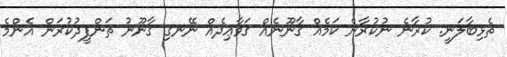
ތެޅިބާލަނީ. ކުރާނެ ނުކުރާނެ ކަމެއް ޤާނޫނެއް ޤަވާޢިދެއް ނޭނގި ޤާނޫނު ތަންފީޛުކުރަން އެންމެ